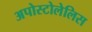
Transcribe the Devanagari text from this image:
अपोस्टोलेलिस